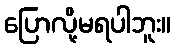
ပြောလို့မရပါဘူး။